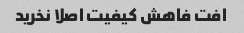
افت فاهش کیفیت اصلا نخرید